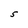
Character: S